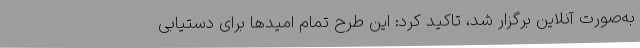
به‌صورت آنلاین برگزار شد، تاکید کرد: این طرح تمام امیدها برای دستیابی